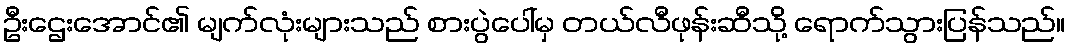
ဦးဌေးအောင်၏ မျက်လုံးများသည် စားပွဲပေါ်မှ တယ်လီဖုန်းဆီသို့ ရောက်သွားပြန်သည်။